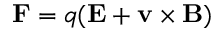
\mathbf { F } = q ( \mathbf { E } + \mathbf { v } \times \mathbf { B } )